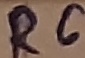
Text: R6